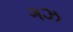
ગઝ